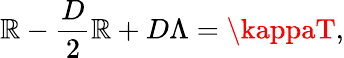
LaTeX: \mathbb{R}-{\frac{{D}}{{2}}}\mathbb{R}+D\Lambda=\kappaT,